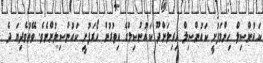
ކައުންސިލް ހިންމަފުށީ ކައުންސިލް ހިރިލަންދޫ ކައުންސިލްގެ އިތުރުން ހޯރަފުށީ ކައުންސިލުންނެވެ. ވޭތުވެދިޔަ ދެ